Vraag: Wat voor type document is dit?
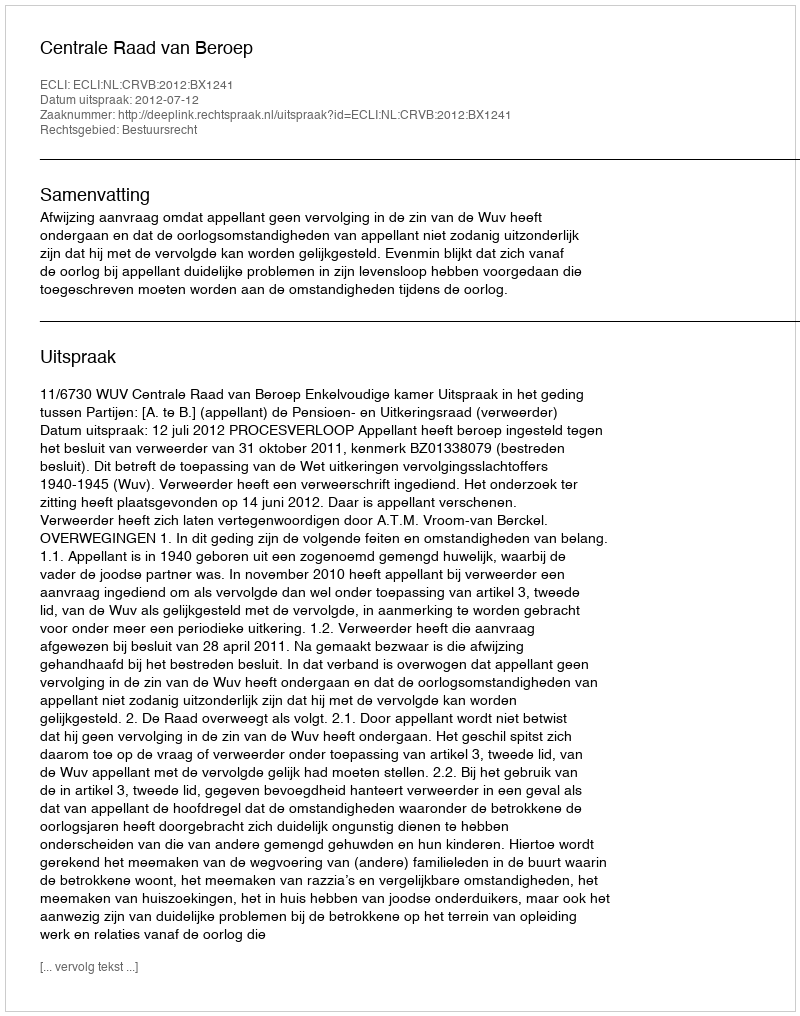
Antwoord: Uitspraak